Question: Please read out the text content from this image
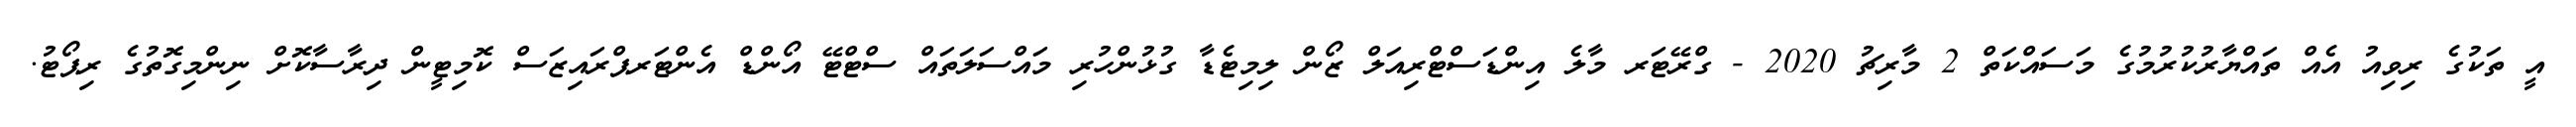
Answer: އީ ތަކުގެ ރިވިއު އެއް ތައްޔާރުކުރުމުގެ މަސައްކަތް 2 މާރިޗު 2020 - ގްރޭޓަރ މާލެ އިންޑަސްޓްރިއަލް ޒޯން ލިމިޓެޑާ ގުޅުންހުރި މައްސަލަތައް ސްޓްޓޭ އޯންޑް އެންޓަރޕްރައިޒަސް ކޮމިޓީން ދިރާސާކޮށް ނިންމިގޮތުގެ ރިޕޯޓު.